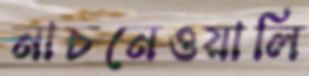
নাচনেওয়ালি